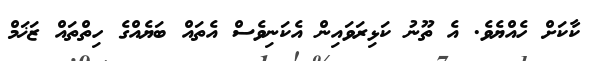
ކާކަށް ހެއްޔެވެ. އެ ތޫނު ކަޅިރަވައިން އެކަނިވެސް އެތައް ބަޔެއްގެ ހިތްތައް ޒަޚަމް